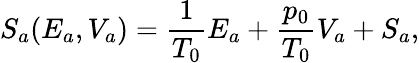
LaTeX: S_{a}(E_{a},V_{a})=\frac{1}{T_{0}}E_{a}+\frac{p_{0}}{T_{0}}V_{a}+S_{a},